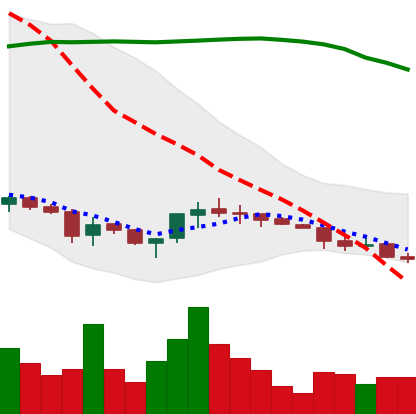
Ticker: ETC-USD
Chart end date: 2018-03-30
Forward return: -5.197%
Label: down_5_7